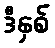
ဒီနှစ်